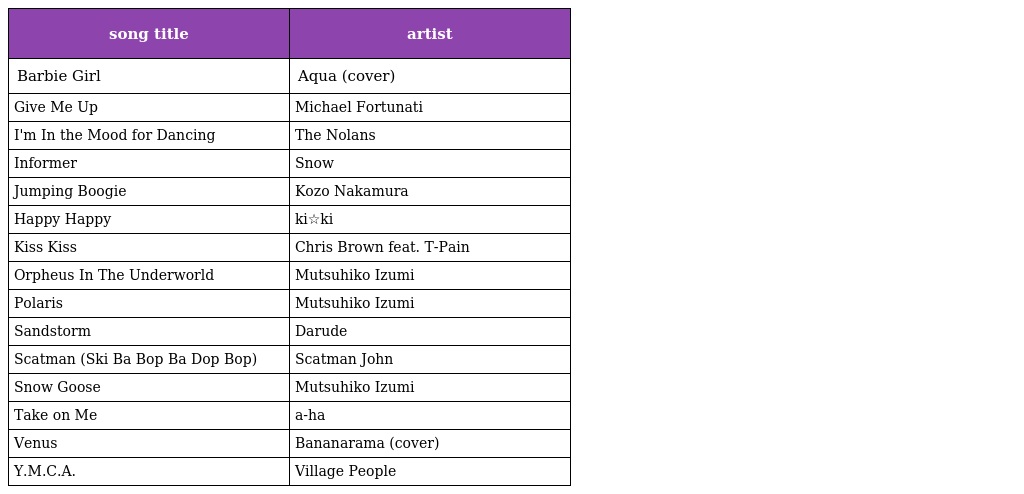
| song title | artist |
 | --- | --- |
 | Barbie Girl | Aqua (cover) |
 | Give Me Up | Michael Fortunati |
 | I'm In the Mood for Dancing | The Nolans |
 | Informer | Snow |
 | Jumping Boogie | Kozo Nakamura |
 | Happy Happy | ki☆ki |
 | Kiss Kiss | Chris Brown feat. T-Pain |
 | Orpheus In The Underworld | Mutsuhiko Izumi |
 | Polaris | Mutsuhiko Izumi |
 | Sandstorm | Darude |
 | Scatman (Ski Ba Bop Ba Dop Bop) | Scatman John |
 | Snow Goose | Mutsuhiko Izumi |
 | Take on Me | a-ha |
 | Venus | Bananarama (cover) |
 | Y.M.C.A. | Village People |